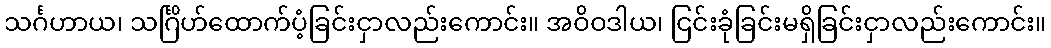
သင်္ဂဟာယ၊ သင်္ဂြိဟ်ထောက်ပံ့ခြင်းငှာလည်းကောင်း။ အဝိဝဒါယ၊ ငြင်းခုံခြင်းမရှိခြင်းငှာလည်းကောင်း။